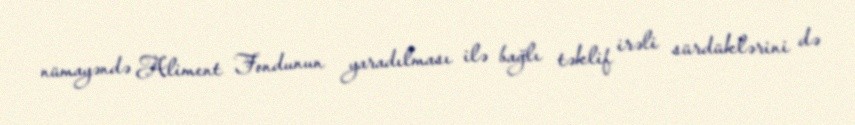
nümayəndə Aliment Fondunun yaradılması ilə bağlı təklif irəli sürdüklərini də